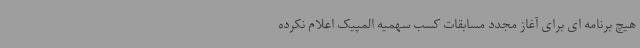
هیچ برنامه ای برای آغاز مجدد مسابقات کسب سهمیه المپیک اعلام نکرده